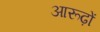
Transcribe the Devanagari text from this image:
आरूढ़ों